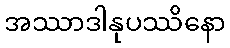
အဿာဒါနုပဿိနော